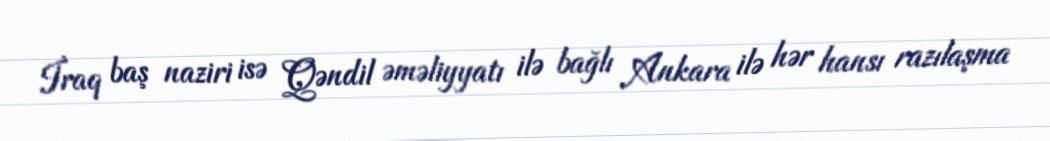
İraq baş naziri isə Qəndil əməliyyatı ilə bağlı Ankara ilə hər hansı razılaşma